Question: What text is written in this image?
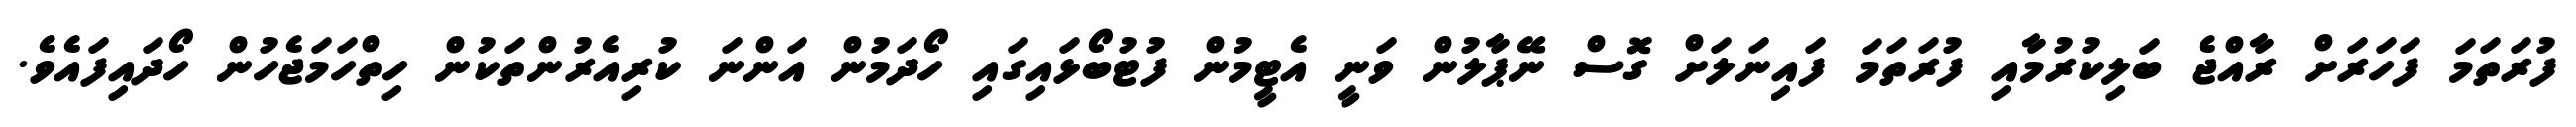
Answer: ފުރަތަމަ ފަހަރަށް ރާއްޖެ ބަލިކުރުމާއި ފުރަތަމަ ފައިނަލަށް ގޮސް ނޭޕާލުން ވަނީ އެޓީމުން ފުޓުބޯޅައިގައި ހޯދަމުން އަންނަ ކުރިއެރުންތަކުން ހިތްހަމަޖެހުން ހޯދައިފައެވެ.